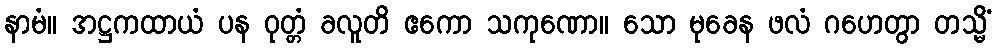
နာမံ။ အဋ္ဌကထာယံ ပန ဝုတ္တံ ခလူတိ ဧကော သကုဏော။ သော မုခေန ဖလံ ဂဟေတွာ တသ္မိံ